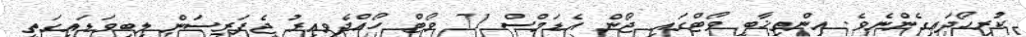
ކުރިހޯދައިގެންނެވެ. އިންތިޚާބީ ވޯޓްގައި ޖޯން އެޑަމްސް 71 ވޯޓް ހޯއްދެވިއިރު ޖެފަރސަން ލިބިވަޑައިގަތީ